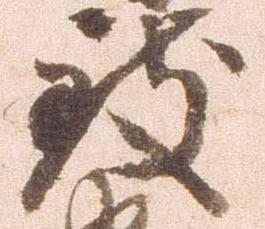
致